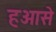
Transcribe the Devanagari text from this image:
हओसे